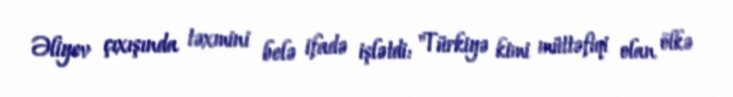
Əliyev çıxışında təxmini belə ifadə işlətdi: "Türkiyə kimi müttəfiqi olan ölkə